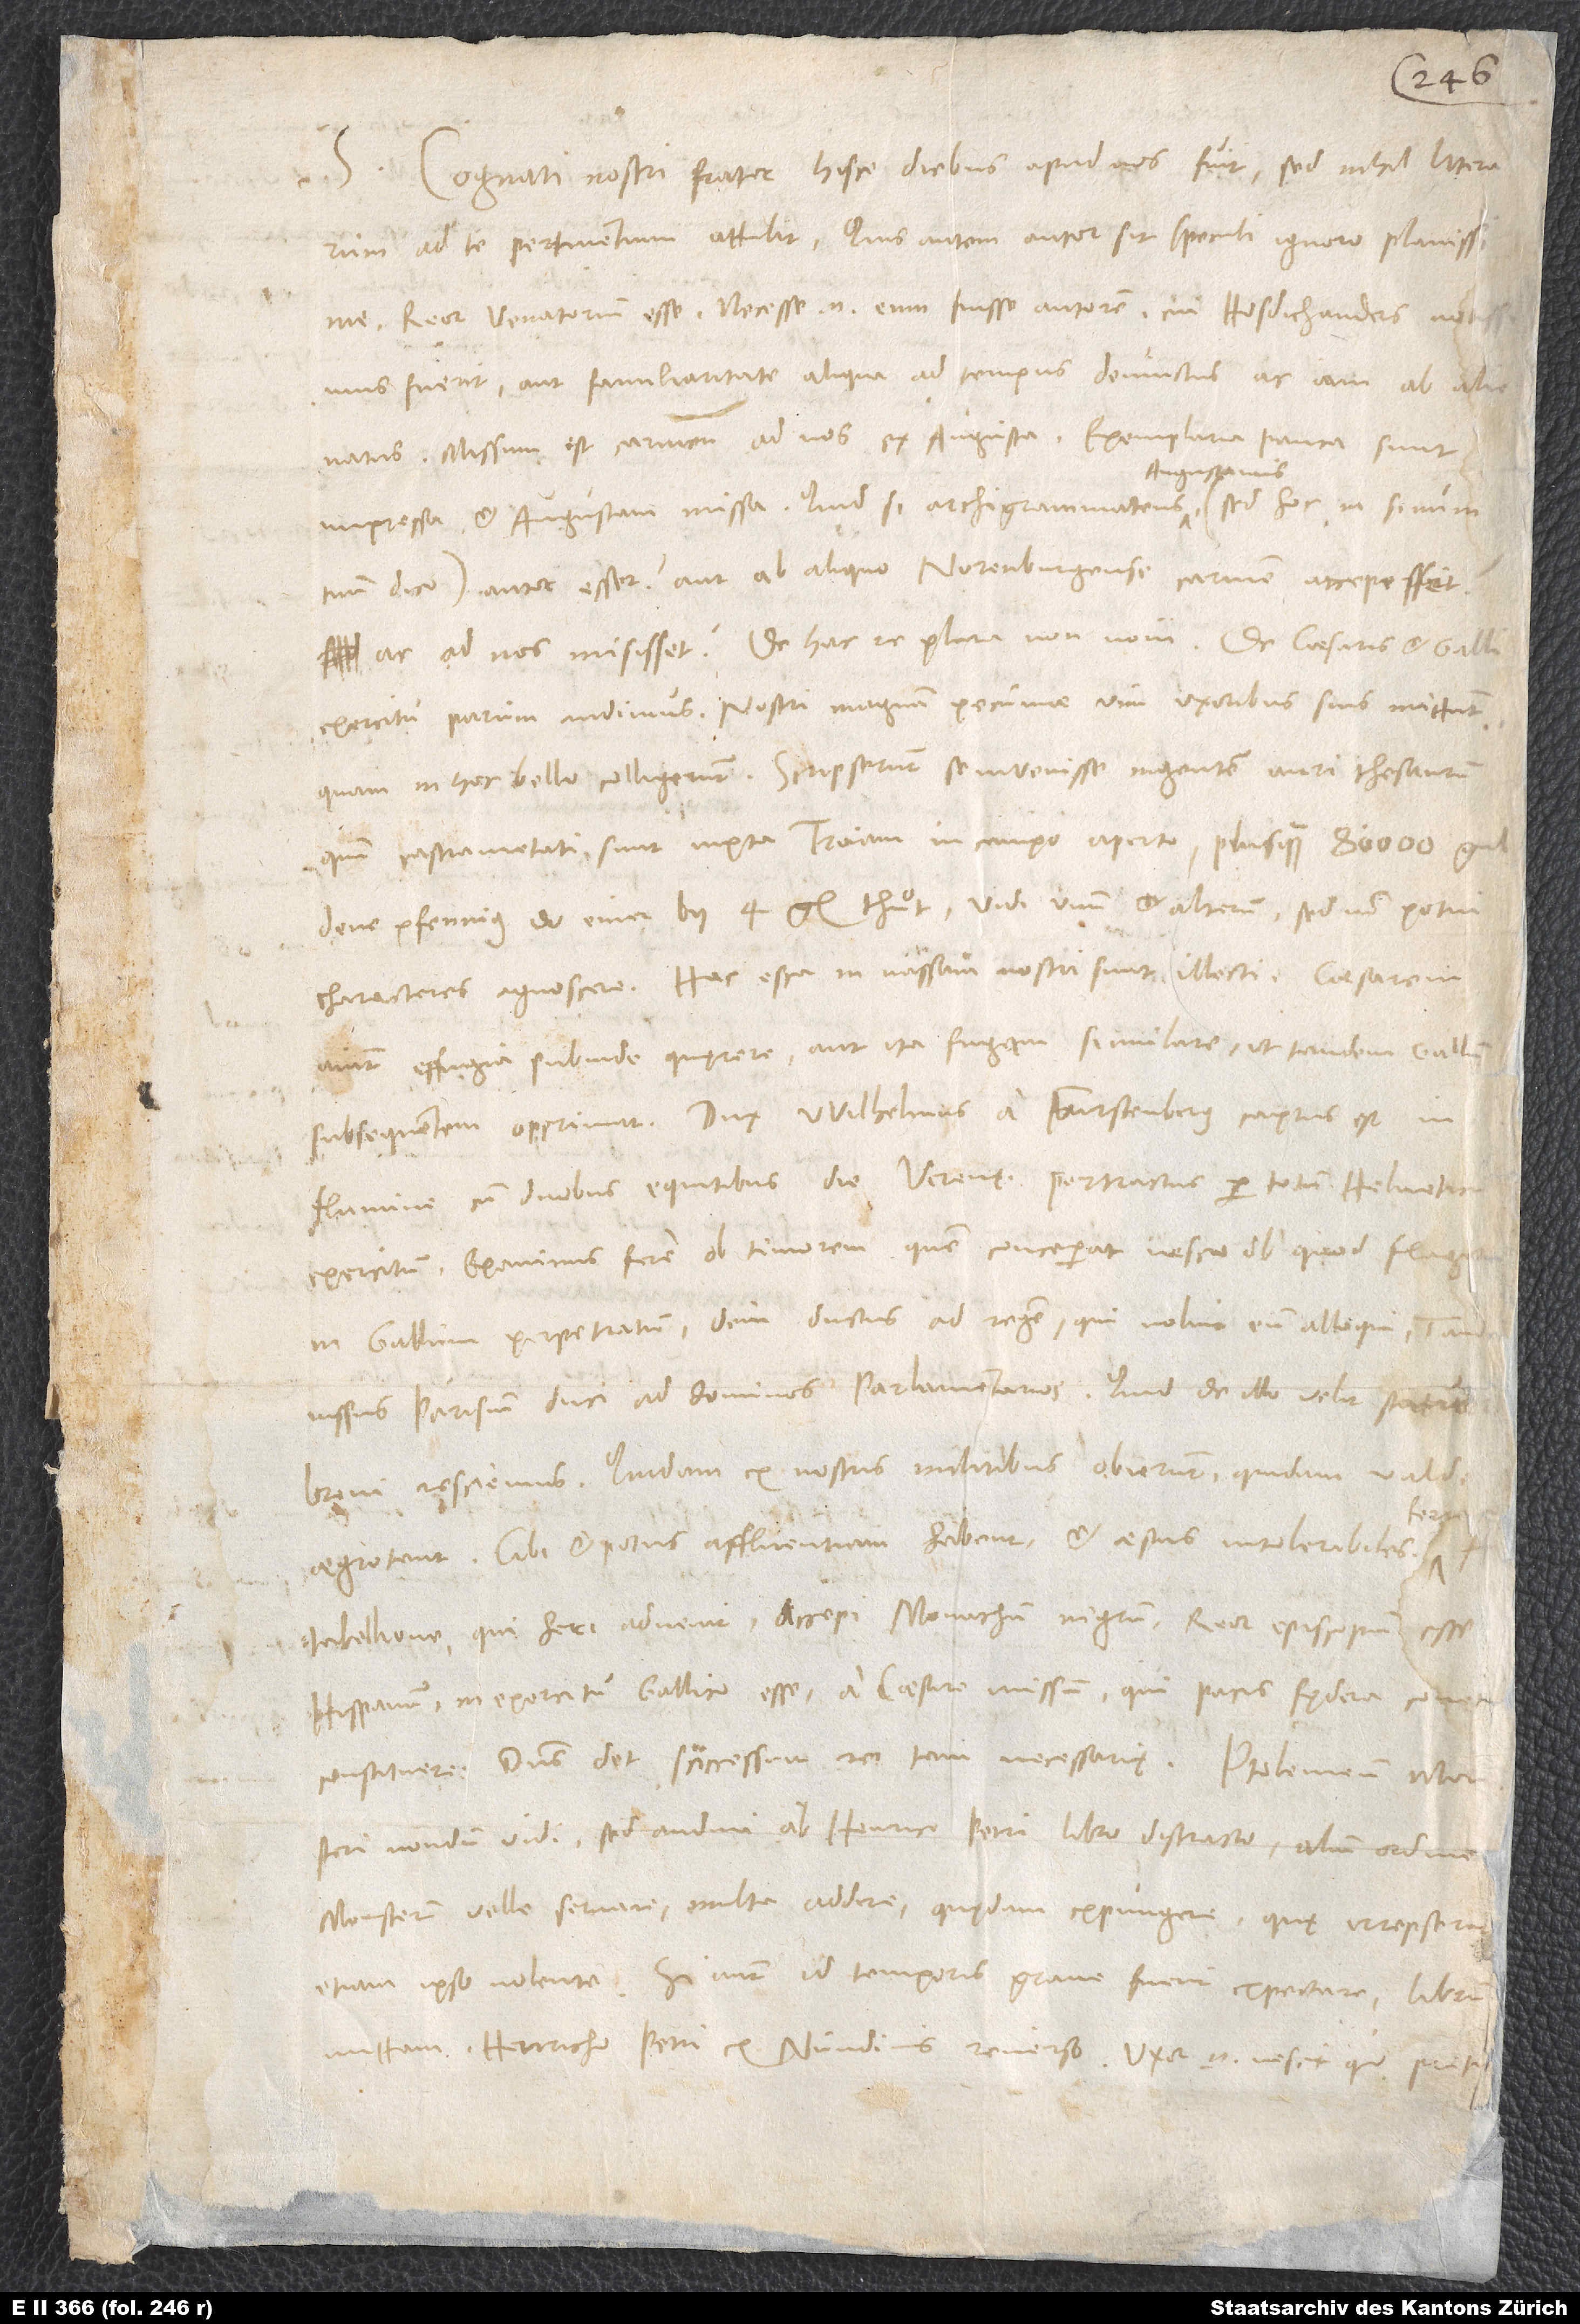
S. Cognati nostri frater hisce diebus apud nos fuit, sed nihil literarum
Reor Venatorem esse. Necesse enim eum fuisse autorem, cui Hosdichanders notissimus
fuerit aut familiaritate aliqua ad tempus devinctus ac iam abalienatus.
Missum est carmen ad nos ex Augusta; exemplaria pauca sunt
impressa et Augustam missa. Quid, si archigrammateus Augustanus (sed hoc in sinum
tuum dico) autor esset aut ab aliquo Norenburgense carmen accepisset
exercitu parum audimus. Nostri magnam pecuniae vim uxoribus suis mittunt,
quam in hoc bello colligerunt. Scripserunt se invenisse ingentem auri thesaurum,
quum castrametati sunt iuxta Troiam in campo aperto, plus quam 80’000 guldene
pfennig, do einer by 4 gl. thuͦt. Vidi unum et alterum, sed non potui
characteres agnoscere. Hac esca in nassam nostri sunt illecti. Caesarem
aiunt effugia subinde quęrere, aut ita fugam simulare, ut tandem Gallum
subsequentem opprimat. Dux Wilhelmus a Furstenberg captus est in
flumine cum duobus equitibus die Verenę; pertractus per totum Helveticu
constituere. Dominus det successum rei tam necessarię!
Monsteri nondum vidi, sed audivi ab Henrico Petri libro distracto alium ordine